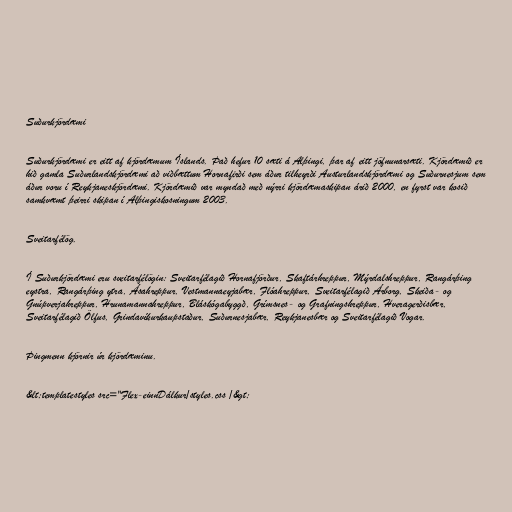
Suðurkjördæmi

Suðurkjördæmi er eitt af kjördæmum Íslands. Það hefur 10 sæti á Alþingi, þar af eitt jöfnunarsæti. Kjördæmið er
hið gamla Suðurlandskjördæmi að viðbættum Hornafirði sem áður tilheyrði Austurlandskjördæmi og Suðurnesjum sem
áður voru í Reykjaneskjördæmi. Kjördæmið var myndað með nýrri kjördæmaskipan árið 2000, en fyrst var kosið
samkvæmt þeirri skipan í Alþingiskosningum 2003.

Sveitarfélög.

Í Suðurkjördæmi eru sveitarfélögin: Sveitarfélagið Hornafjörður, Skaftárhreppur, Mýrdalshreppur, Rangárþing
eystra, Rangárþing ytra, Ásahreppur, Vestmannaeyjabær, Flóahreppur, Sveitarfélagið Árborg, Skeiða- og
Gnúpverjahreppur, Hrunamannahreppur, Bláskógabyggð, Grímsnes- og Grafningshreppur, Hveragerðisbær,
Sveitarfélagið Ölfus, Grindavíkurkaupstaður, Suðurnesjabær, Reykjanesbær og Sveitarfélagið Vogar.

Þingmenn kjörnir úr kjördæminu.

&lt;templatestyles src="Flex-einnDálkur/styles.css /&gt;